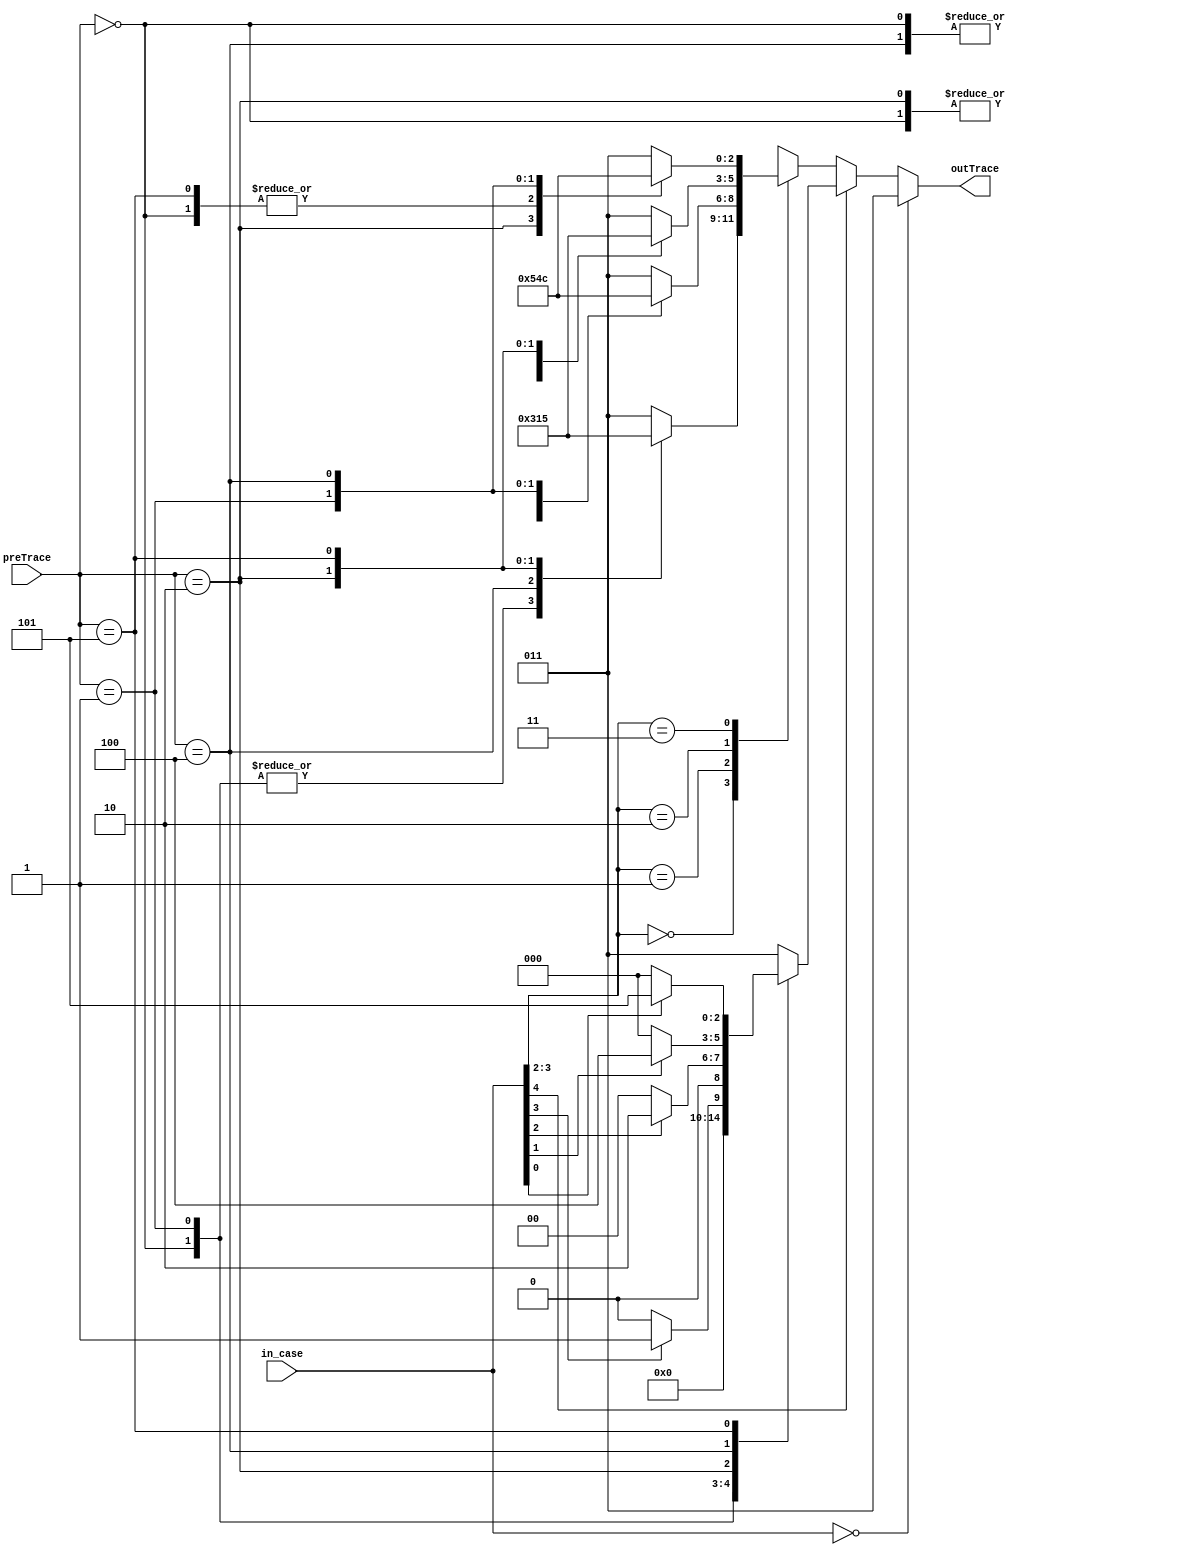
module traceback_LUT(in_case, preTrace, outTrace);
//params
parameter M = 0, I = 1, D = 2, STOP = 3, I_TILTA = 4, D_TILTA = 5;
//I/O
input  [4:0] in_case;
input  [2:0] preTrace;
output reg [2:0] outTrace;

always@(*)begin
	if(in_case==5'd0) outTrace=STOP;
	else begin
		if(in_case[4])begin
			case(preTrace)
				M: outTrace=M;
				I: outTrace=(in_case[3])?I:M;
				D: outTrace=(in_case[2])?D:M;
				I_TILTA: outTrace=(in_case[1])?I_TILTA:M;
				D_TILTA: outTrace=(in_case[0])?D_TILTA:M;
				default: outTrace=STOP;
			endcase
		end
		else begin
			case(in_case[3:2])
				2'b00:begin//source is I(i,j)
					case(preTrace)
						M: outTrace=I;
						I: outTrace=I;
						I_TILTA: outTrace=I_TILTA;
						D: outTrace=D;
						D_TILTA: outTrace=D_TILTA;
						default: outTrace=STOP;
					endcase
				end
				2'b01:begin//source is D(i,j)
					case(preTrace)
						M: outTrace=D;
						D: outTrace=D;
						D_TILTA: outTrace=D_TILTA;
						I: outTrace=I;
						I_TILTA: outTrace=I_TILTA;
						default: outTrace=STOP;
					endcase
				end
				2'b10:begin//source is I_TILTA(i,j)
					case(preTrace)
						M: outTrace=I_TILTA;
						I: outTrace=I;
						I_TILTA: outTrace=I_TILTA;
						D: outTrace=D;
						D_TILTA: outTrace=D_TILTA;
						default: outTrace=STOP;
					endcase
				end
				2'b11:begin//source is D_TILTA(i,j)
					case(preTrace)
						M: outTrace=D_TILTA;
						D: outTrace=D;
						D_TILTA: outTrace=D_TILTA;
						I: outTrace=I;
						I_TILTA: outTrace=I_TILTA;
						default: outTrace=STOP;
					endcase
				end
			endcase
		end
	end
end

endmodule